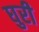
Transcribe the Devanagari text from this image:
घुरी